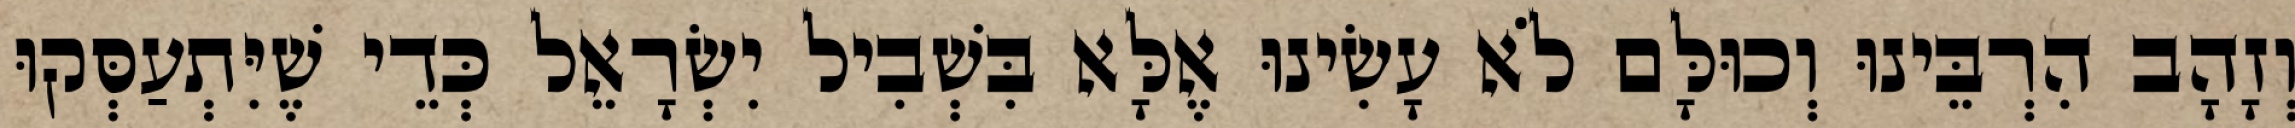
וְזָהָב הִרְבֵּינוּ וְכוּלָּם לֹא עָשִׂינוּ אֶלָּא בִּשְׁבִיל יִשְׂרָאֵל כְּדֵי שֶׁיִּתְעַסְּקוּ